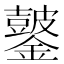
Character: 𫓖